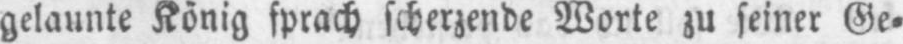
gelaunte König sprach scherzende Worte zu seiner Ge⸗